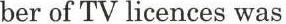
ber of TV licences was